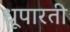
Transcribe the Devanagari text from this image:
धूपारती